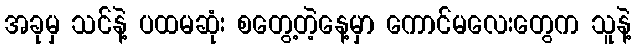
အခုမှ သင်နဲ့ ပထမဆုံး စတွေ့တဲ့နေ့မှာ ကောင်မလေးတွေက သူနဲ့